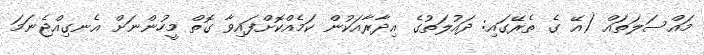
މައްސަލަތައް (އޭ ގެ ތެރޭގައި: ދައުލަތުގެ އިދާރާއަކުން ކަމެއްކޮށްފައިވާ ގޮތް މީހުންނަށް އެނގިއްޖެނަމަ